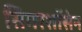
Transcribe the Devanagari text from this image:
सिगरशॉसेन